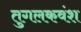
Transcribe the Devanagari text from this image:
तुगलकवंश